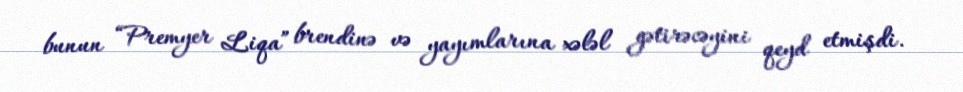
bunun “Premyer Liqa” brendinə və yayımlarına xələl gətirəcəyini qeyd etmişdi.